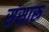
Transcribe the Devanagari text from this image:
संसारू